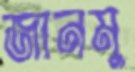
জানমু